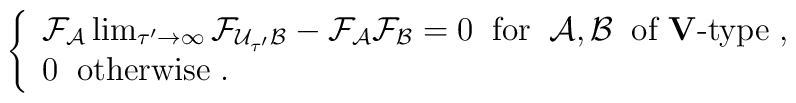
\left\{ \begin{array}{l}{\cal F_A} \lim_{\tau^\prime \rightarrow \infty}{\cal F}_{{\cal U}_{\tau^\prime} {\cal B}} -{\cal F_A  F_B}  = 0 \; \; \mbox{for} \; \; {\cal A,B} \; \;\mbox{of {\bf V}-type} \; , \\0 \; \; \mbox{otherwise} \; . \end{array} \right.